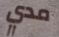
مدي